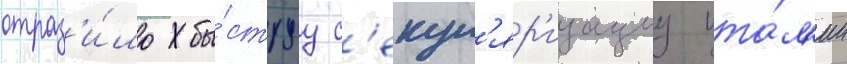
отраз'и́ло бы́струу с'екул'яр'изациу ита́л'ии